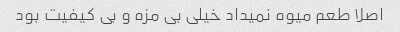
اصلا طعم میوه نمیداد خیلی بی مزه و بی کیفیت بود